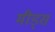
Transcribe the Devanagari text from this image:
मीड्स